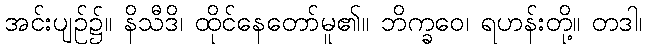
အင်းပျဉ်၌။ နိသီဒိ၊ ထိုင်နေတော်မူ၏။ ဘိက္ခဝေ၊ ရဟန်းတို့။ တဒါ၊